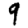
Digit: 9